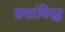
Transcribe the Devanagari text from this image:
सत्तांविरुद्ध